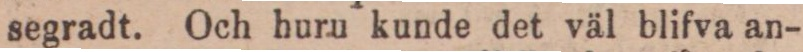
segradt. Och huru kunde det väl blifva an-